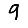
Digit: 9